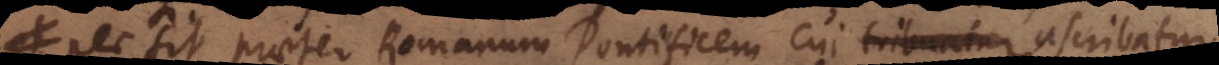
, nec sit praeter Romanum Pontificem cui tribuatur ascribatur